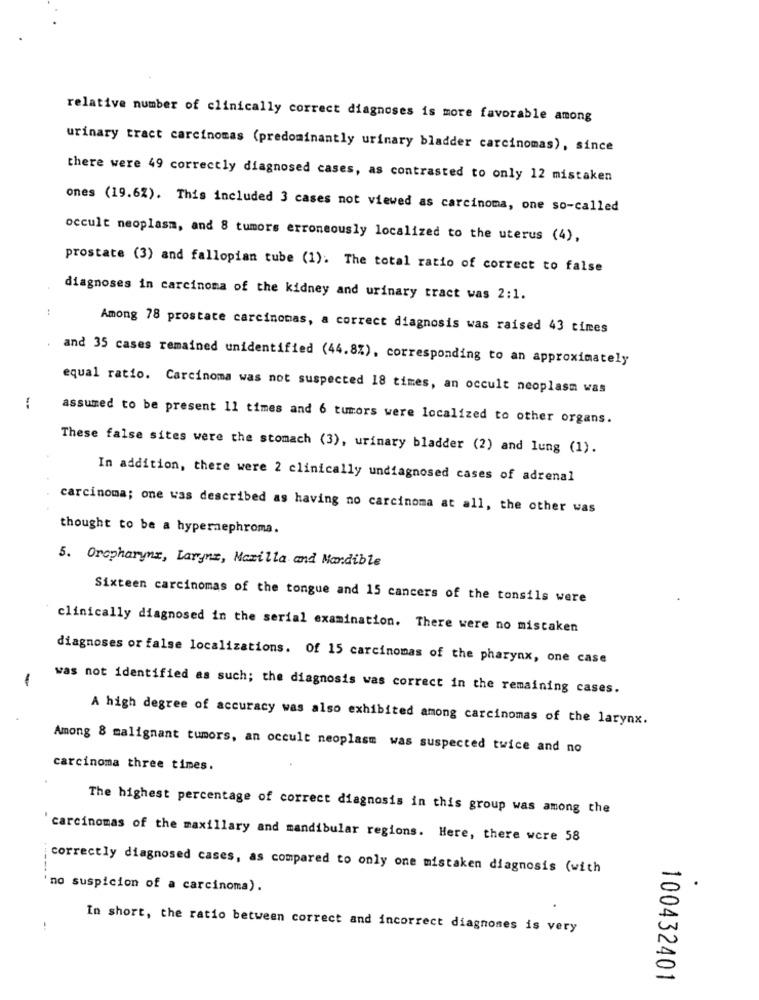
relative number of clinically correct diagnoses is more favorable among
urinary tract carcinomas (predominantly urinary bladder carcinomas), since
there were 49 correctly diagnosed cases, as contrasted to only 12 mistaken
ones (19.62). This included 3 cases not viewed as carcinoma, one so-called
occult neoplasm, and 8 tumors erroneously localized to the uterus (4),
prostate (3) and fallopian tube (1). The total ratio of correct to false
diagnoses in carcinoma of the kidney and urinary tract was 2:1.
Among 78 prostate carcinomas, a correct diagnosis was raised 43 times
and 35 cases remained unidentified (44.8%), corresponding to an approximately
equal ratio. Carcinoma was not suspected 18 times, an occult neoplasm was
assumed to be present 11 times and 6 tumors were localized to other organs.
These false sites were the stomach (3), urinary bladder (2) and lung (1).
In addition, there were 2 clinically undiagnosed cases of adrenal
carcinoma; one was described as having no carcinoma at all, the other was
thought to be a hypernephroma.
5. Oropharynx, Larynz, Maxilla and Mandible
Sixteen carcinomas of the tongue and 15 cancers of the tonsils were
clinically diagnosed in the serial examination. There were no mistaken
diagnoses or false localizations. Of 15 carcinomas of the pharynx, one case
was not identified as such; the diagnosis was correct in the remaining cases.
A high degree of accuracy was also exhibited among carcinomas of the larynx.
Among 8 malignant tumors, an occult neoplasm was suspected twice and no
carcinoma three times.
The highest percentage of correct diagnosis in this group was among the
carcinomas of the maxillary and mandibular regions. Here, there were 58
correctly diagnosed cases, as compared to only one mistaken diagnosis (with
no suspicion of a carcinoma).
--
In short, the ratio between correct and incorrect diagnoses is very
100432401